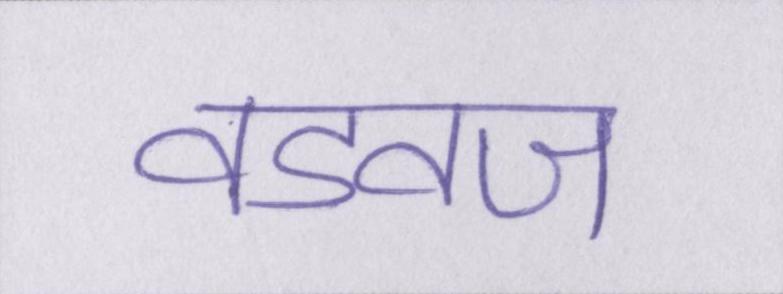
वडवज